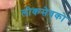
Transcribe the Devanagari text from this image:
लोकसेवको